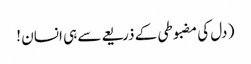
( دل کی مضبوطی کے ذریعےسے ہی انسان !